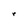
Character: r